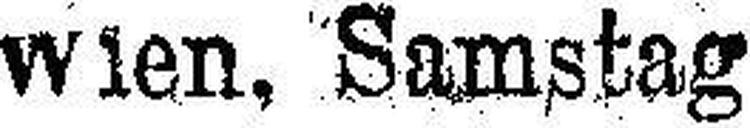
Wien, Samstag